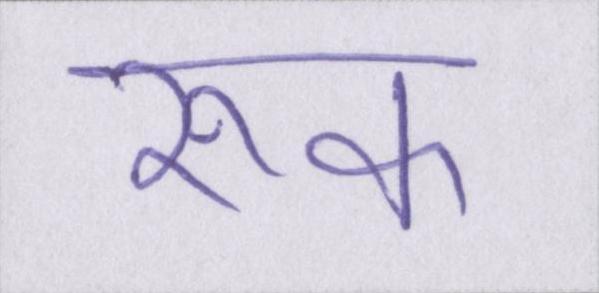
रूक